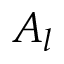
A _ { l }